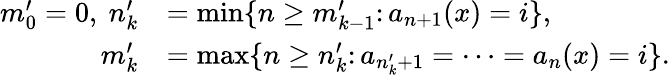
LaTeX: \begin{array}{rl}{m_{0}^{\prime}=0,~n_{k}^{\prime}}&{=\operatorname*{min}\{ n\ge m_{k-1}^{\prime}\colon a_{n+1}(x)=i\} ,}\\ {m_{k}^{\prime}}&{=\operatorname*{max}\{ n\ge n_{k}^{\prime}\colon a_{n_{k}^{\prime}+1}=\cdots=a_{n}(x)=i\} .}\end{array}